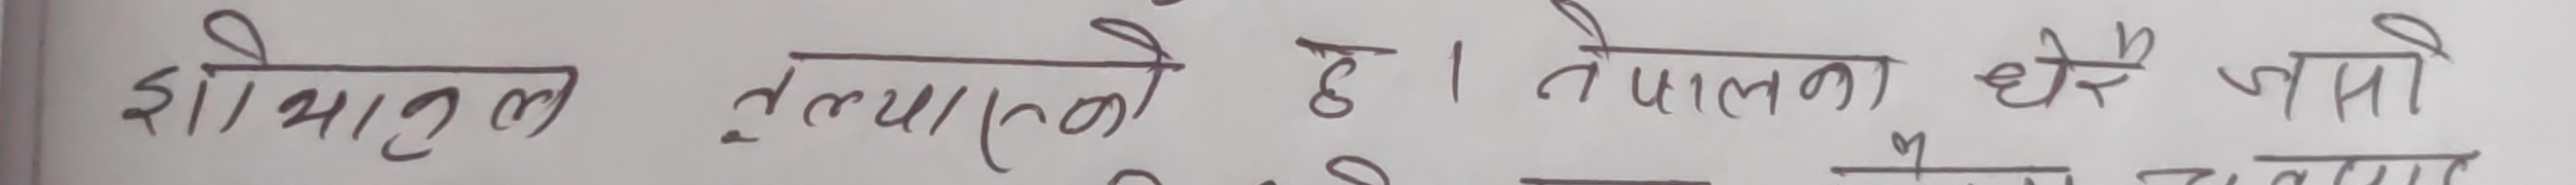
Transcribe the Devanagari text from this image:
शांतीलाल तुल्यास्ती हो । नेपालमा धेरै जातका